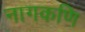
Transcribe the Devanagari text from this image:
नागकणि